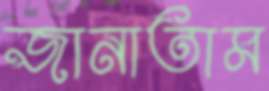
জানাতাম